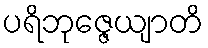
ပရိဘုဇ္ဇေယျာတိ